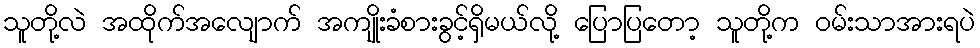
သူတို့လဲ အထိုက်အလျောက် အကျိုးခံစားခွင့်ရှိမယ်လို့ ပြောပြတော့ သူတို့က ဝမ်းသာအားရပဲ